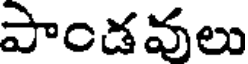
పాండవులు